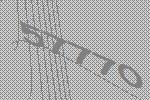
57770